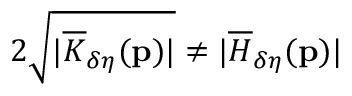
2 \sqrt { \vert \overline { { K } } _ { \delta \eta } ( \mathbf { p } ) \vert } \neq \vert \overline { { H } } _ { \delta \eta } ( \mathbf { p } ) \vert